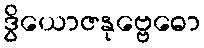
ဒွိယောဇနုဗ္ဗေဓော